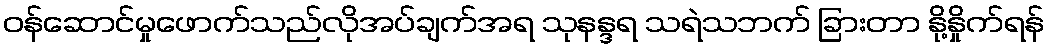
ဝန်ဆောင်မှုဖောက်သည်လိုအပ်ချက်အရ သုနန္ဒရ သရဲသဘက် ခြားတာ နို့နှိုက်ရန်